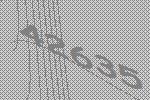
42635